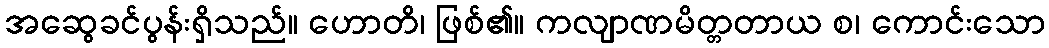
အဆွေခင်ပွန်းရှိသည်။ ဟောတိ၊ ဖြစ်၏။ ကလျာဏမိတ္တတာယ စ၊ ကောင်းသော